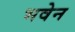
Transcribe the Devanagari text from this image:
भवेन